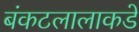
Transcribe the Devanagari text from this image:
बंकटलालाकडे